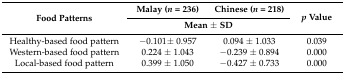
| <ROWSPAN=2> Food Patterns | Malay (n = 236) | Chinese (n = 218) | <ROWSPAN=2> p Value |
 | <COLSPAN=2> Mean ± SD |
 | --- | --- | --- | --- |
 | Healthy-based food pattern | −0.101± 0.957 | 0.094 ± 1.033 | 0.039 |
 | Western-based food pattern | 0.224 ± 1.043 | −0.239 ± 0.894 | 0.000 |
 | Local-based food pattern | 0.399 ± 1.050 | −0.427 ± 0.733 | 0.000 |